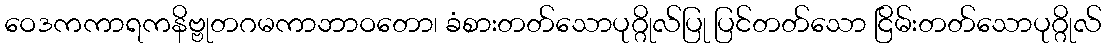
ဝေဒကကာရကနိဗ္ဗုတဂမကာဘာဝတော၊ ခံစားတတ်သောပုဂ္ဂိုလ်ပြု ပြင်တတ်သော ငြိမ်းတတ်သောပုဂ္ဂိုလ်